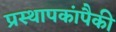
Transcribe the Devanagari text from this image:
प्रस्थापकांपैकी